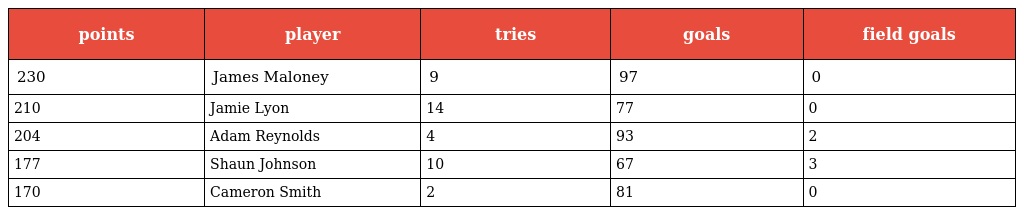
| points | player | tries | goals | field goals |
 | --- | --- | --- | --- | --- |
 | 230 | James Maloney | 9 | 97 | 0 |
 | 210 | Jamie Lyon | 14 | 77 | 0 |
 | 204 | Adam Reynolds | 4 | 93 | 2 |
 | 177 | Shaun Johnson | 10 | 67 | 3 |
 | 170 | Cameron Smith | 2 | 81 | 0 |